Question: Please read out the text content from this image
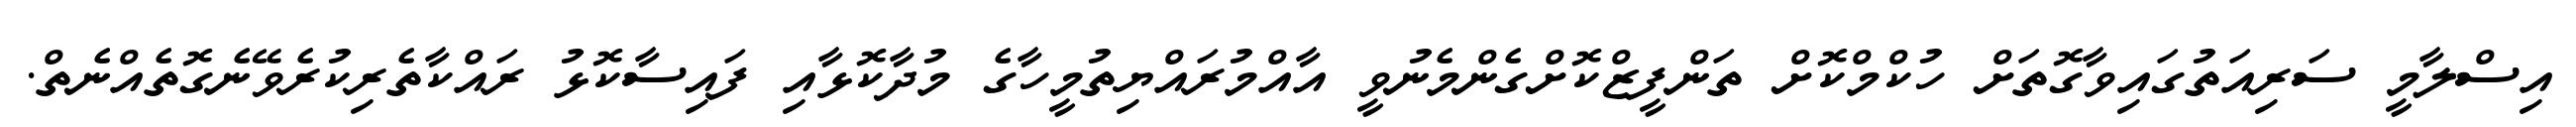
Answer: އިސްލާމީ ސަރިއަތުގައިވާގޮތަށް ހުކްމްކޮށް ތަންފީޒްކޮށްގެންމެނުވީ އާއްމުރައްޔިތުމީހާގެ މުދާކޮޅާއި ފައިސާކޮޅު ރައްކާތެރިކުރެވޭނެގޮތެއްނެތް.